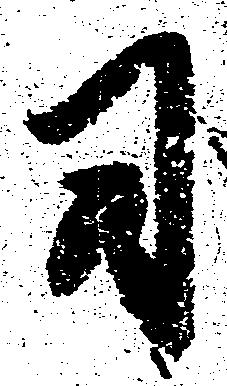
司